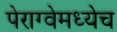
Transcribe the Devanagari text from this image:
पेराग्वेमध्येच